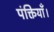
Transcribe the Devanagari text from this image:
पंक्तियाँ।